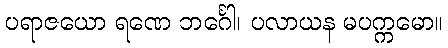
ပရာဇယော ရဏေ ဘင်္ဂေါ၊ ပလာယန မပက္ကမော။